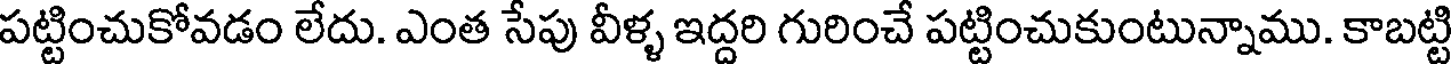
పట్టించుకోవడం లేదు. ఎంత సేపు వీళ్ళ ఇద్దరి గురించే పట్టించుకుంటున్నాము. కాబట్టి